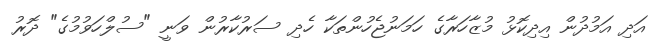
އަދި އަމުދުން އިދިކޮޅު މުޒާހަރާގެ ހަމަނުޖެހުންތަކާ ހެދި ސަރުކާރުން ވަނީ "ސުލްހަވުމުގެ" ދޮރު